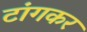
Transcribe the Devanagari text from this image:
टांगकर